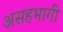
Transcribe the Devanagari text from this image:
असहभागी